Annual administration report of the Civil Veterinary Department of India - 1895-1896
Year: 1895
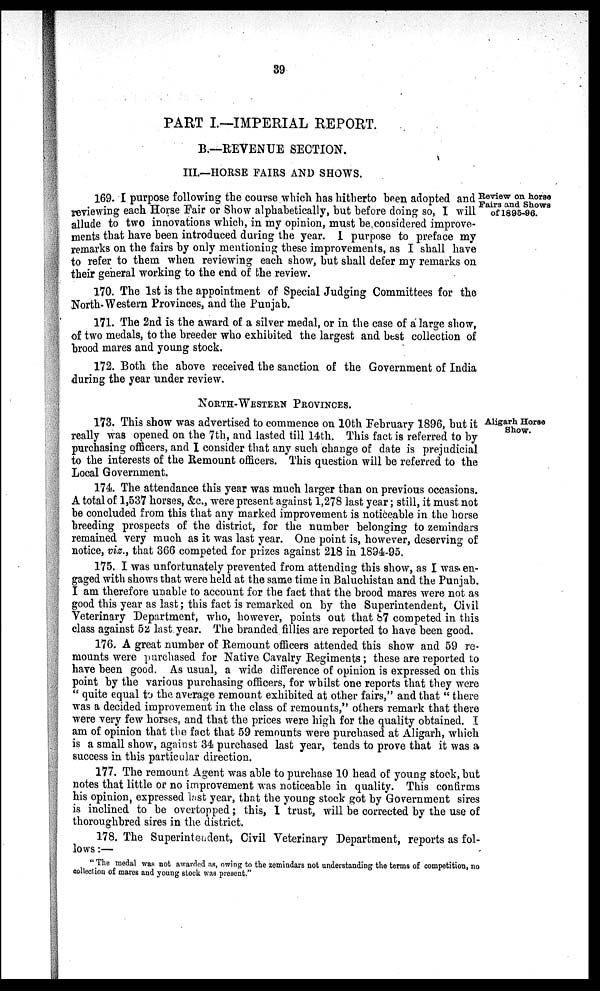
39
PART I.—IMPERIAL REPORT.
B.—REVENUE SECTION.
III.—HORSE FAIRS AND SHOWS.
Review on horse
Fairs and Shows
of 1895-96.
169. I purpose following the course which has hitherto been adopted and
reviewing each Horse Fair or Show alphabetically, but before doing so, I will
allude to two innovations which, in my opinion, must be considered improve-
ments that have been introduced during the year. I purpose to preface my
remarks on the fairs by only mentioning these improvements, as I shall have
to refer to them when reviewing each show, but shall defer my remarks on
their general working to the end of the review.
170. The 1st is the appointment of Special Judging Committees for the
North-Western Provinces, and the Punjab.
171. The 2nd is the award of a silver medal, or in the case of a large show,
of two medals, to the breeder who exhibited the largest and best collection of
brood mares and young stock.
172. Both the above received the sanction of the Government of India
during the year under review.
NORTH-WESTERN PROVINCES.
Aligarh Horse
Show.
173. This show was advertised to commence on 10th February 1896, but it
really was opened on the 7th, and lasted till 14th. This fact is referred to by
purchasing officers, and I consider that any such change of date is prejudicial
to the interests of the Remount officers. This question will be referred to the
Local Government.
174. The attendance this year was much larger than on previous occasions.
A total of 1,537 horses, &c., were present against 1,278 last year; still, it must not
be concluded from this that any marked improvement is noticeable in the horse
breeding prospects of the district, for the number belonging to zemindars
remained very much as it was last year. One point is, however, deserving of
notice, viz., that 366 competed for prizes against 218 in 1894-95.
175. I was unfortunately prevented from attending this show, as I was en-
gaged with shows that were held at the same time in Baluchistan and the Punjab.
I am therefore unable to account for the fact that the brood mares were not as
good this year as last; this fact is remarked on by the Superintendent, Civil
Veterinary Department, who, however, points out that 87 competed in this
class against 52 last year. The branded fillies are reported to have been good.
176. A great number of Remount officers attended this show and 59 re-
mounts were purchased for Native Cavalry Regiments ; these are reported to
have been good. As usual, a wide difference of opinion is expressed on this
point by the various purchasing officers, for whilst one reports that they were
"quite equal to the average remount exhibited at other fairs," and that "there
was a decided improvement in the class of remounts," others remark that there
were very few horses, and that the prices were high for the quality obtained. I
am of opinion that the fact that 59 remounts were purchased at Aligarh, which
is a small show, against 34 purchased last year, tends to prove that it was a
success in this particular direction.
177. The remount Agent was able to purchase 10 head of young stock, but
notes that little or no improvement was noticeable in quality. This confirms
his opinion, expressed last year, that the young stock got by Government sires
is inclined to be overtopped; this, I trust, will be corrected by the use of
thoroughbred sires in the district.
178. The Superintendent, Civil Veterinary Department, reports as fol-
lows:—
"The medal was not awarded as, owing to the zemindars not understanding the terms of competition, no
collection of mares and young stock was present."